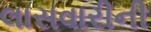
લાસવારીની